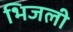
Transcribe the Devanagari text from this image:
भिजली